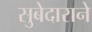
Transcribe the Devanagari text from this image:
सुबेदाराने